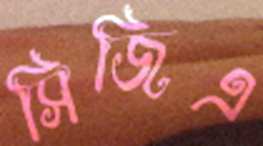
সিজিএ